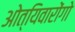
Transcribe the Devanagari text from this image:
ओत्यिवारोंगो